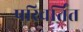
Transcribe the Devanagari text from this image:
परिवर्तिंत